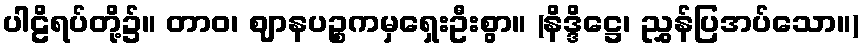
ပါဠိရပ်တို့၌။ တာဝ၊ ဈာနပဉ္စကမှရှေးဦးစွာ။ (နိဒ္ဒိဋ္ဌေ၊ ညွှန်ပြအပ်သော။)